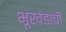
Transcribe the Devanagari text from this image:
भूखंडाची